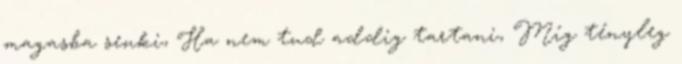
magasba senki, Ha nem tud addig tartani, Míg tényleg